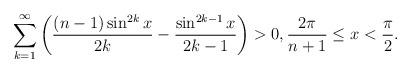
LaTeX: \begin{align*}\sum_{k=1}^\infty \left( \frac{(n-1) \sin^{2k} x}{2k} - \frac{\sin^{2k-1} x}{2k-1} \right) > 0, \frac{2\pi}{n+1} \leq x < \frac{\pi}{2}.\end{align*}